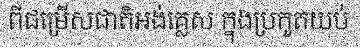
ពីជម្រើសជាតិអង់គ្លេស ក្នុងប្រកួតយប់